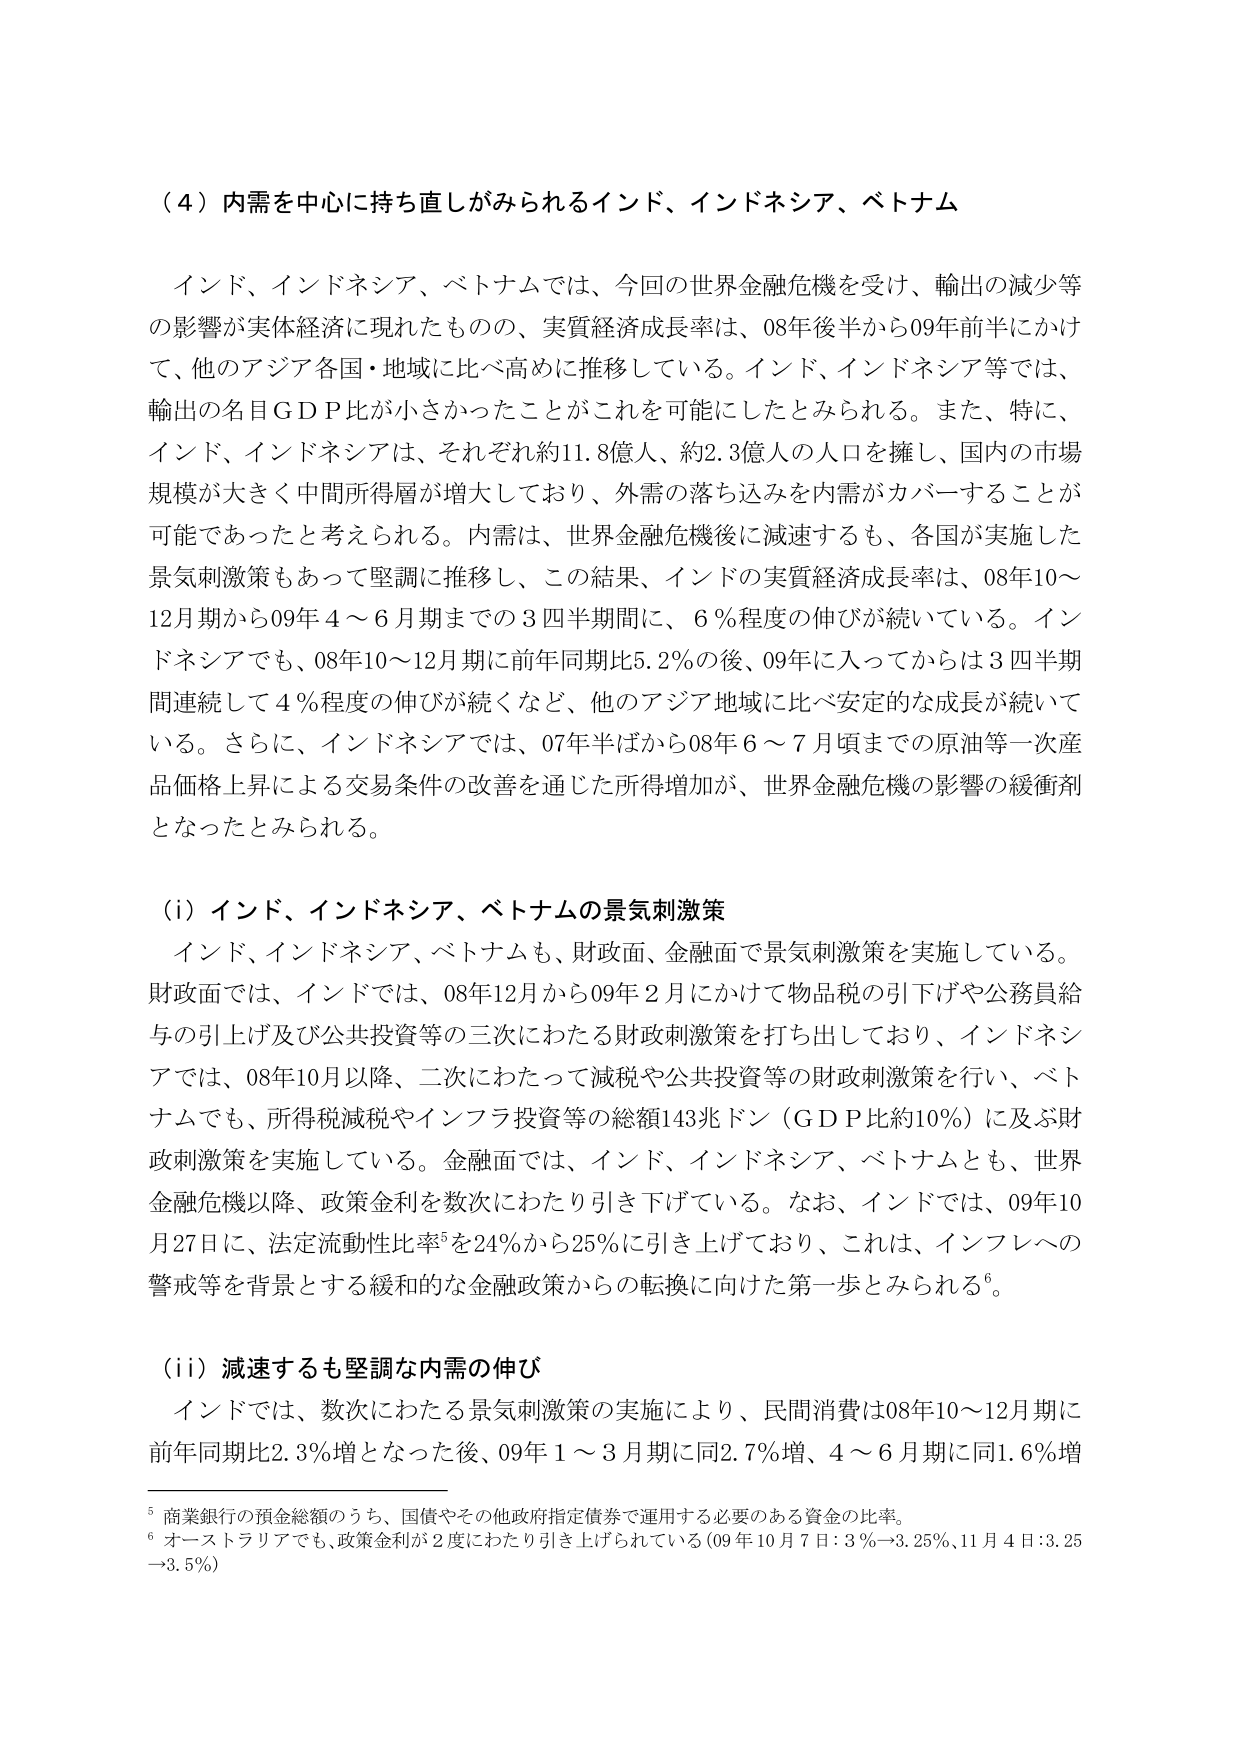
（４）内需を中心に持ち直しがみられるインド、インドネシア、ベトナム

インド、インドネシア、ベトナムでは、今回の世界金融危機を受け、輸出の減少等の影響が実体経済に現れたものの、実質経済成長率は、08年後半から09年前半にかけて、他のアジア各国・地域に比べ高めに推移している。インド、インドネシア等では、輸出の名目ＧＤＰ比が小さかったことがこれを可能にしたとみられる。また、特に、インド、インドネシアは、それぞれ約11.8億人、約2.3億人の人口を擁し、国内の市場規模が大きく中間所得層が増大しており、外需の落ち込みを内需がカバーすることが可能であったと考えられる。内需は、世界金融危機後に減速するも、各国が実施した景気刺激策もあって堅調に推移し、この結果、インドの実質経済成長率は、08年10～12月期から09年４～６月期までの３四半期間に、６％程度の伸びが続いている。インドネシアでも、08年10～12月期に前年同期比5.2％の後、09年に入ってからは３四半期間連続して４％程度の伸びが続くなど、他のアジア地域に比べ安定的な成長が続いている。さらに、インドネシアでは、07年半ばから08年６～７月頃までの原油等一次産品価格上昇による交易条件の改善を通じた所得増加が、世界金融危機の影響の緩衝剤となったとみられる。

（i）インド、インドネシア、ベトナムの景気刺激策

インド、インドネシア、ベトナムも、財政面、金融面で景気刺激策を実施している。財政面では、インドでは、08年12月から09年２月にかけて物品税の引下げや公務員給与の引上げ及び公共投資等の三次にわたる財政刺激策を打ち出しており、インドネシアでは、08年10月以降、二次にわたって減税や公共投資等の財政刺激策を行い、ベトナムでも、所得税減税やインフラ投資等の総額143兆ドン（ＧＤＰ比約10％）に及ぶ財政刺激策を実施している。金融面では、インド、インドネシア、ベトナムとも、世界金融危機以降、政策金利を数次にわたり引き下げている。なお、インドでは、09年10月27日に、法定流動性比率⁵を24％から25％に引き上げており、これは、インフレへの警戒等を背景とする緩和的な金融政策からの転換に向けた第一歩とみられる⁶。

（ii）減速するも堅調な内需の伸び

インドでは、数次にわたる景気刺激策の実施により、民間消費は08年10～12月期に前年同期比2.3％増となった後、09年１～３月期に同2.7％増、４～６月期に同1.6％増

⁵ 商業銀行の預金総額のうち、国債やその他政府指定債券で運用する必要のある資金の比率。
⁶ オーストラリアでも、政策金利が２度にわたり引き上げられている（09年10月７日：3％→3.25％、11月４日：3.25→3.5％）